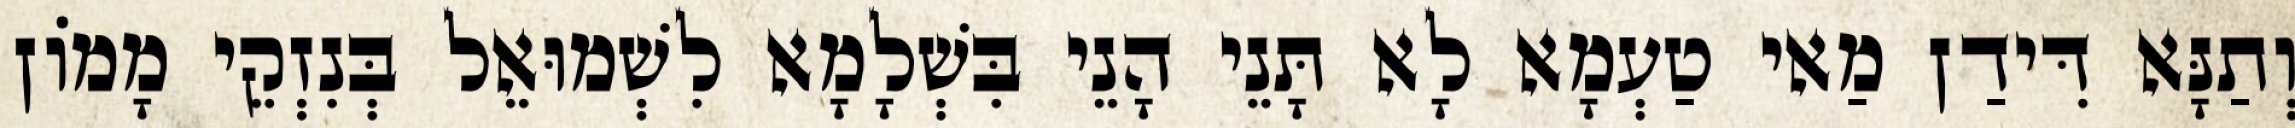
וְתַנָּא דִּידַן מַאי טַעְמָא לָא תָּנֵי הָנֵי בִּשְׁלָמָא לִשְׁמוּאֵל בְּנִזְקֵי מָמוֹן